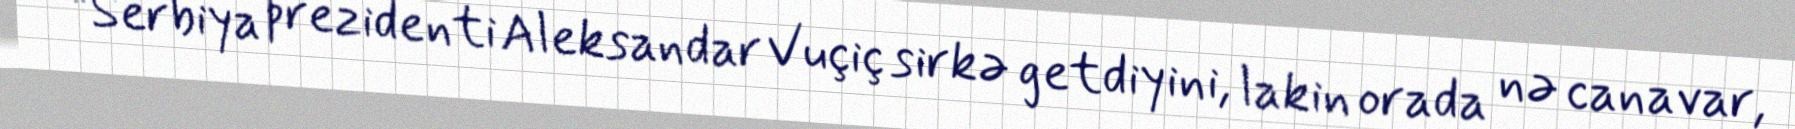
“Serbiya prezidenti Aleksandar Vuçiç sirkə getdiyini, lakin orada nə canavar,